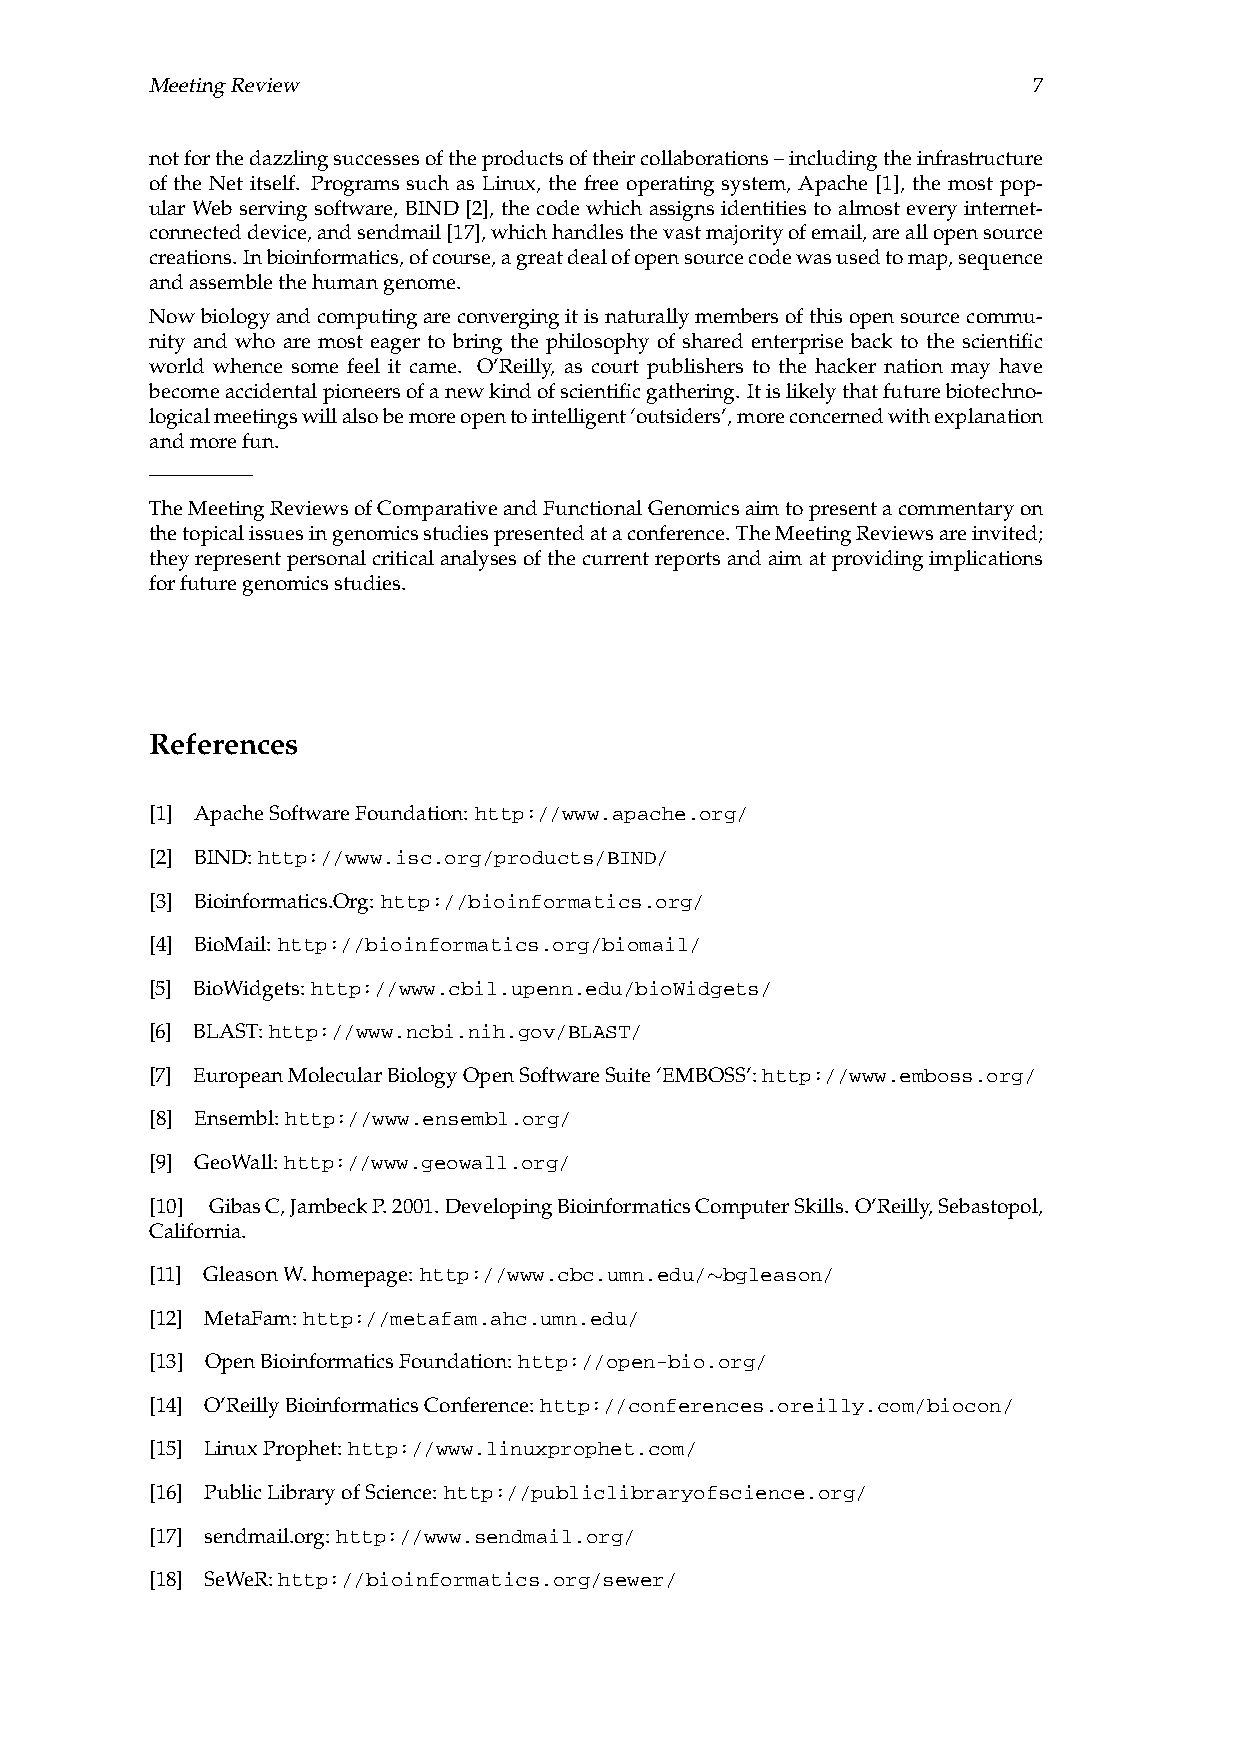
MeetingReview                                             7
 notforthedazzlingsuccessesoftheproductsoftheircollaborations–includingtheinfrastructure
 of the Net itself. Programs such as Linux, the free operating system, Apache [1], the most pop-
 ular Web serving software, BIND [2], the code which assigns identities to almost every internet-
 connecteddevice,andsendmail[17],whichhandlesthevastmajorityofemail,areallopensource
 creations.Inbioinformatics,ofcourse,agreatdealofopensourcecodewasusedtomap,sequence
 andassemblethehumangenome.
 Nowbiologyandcomputingareconvergingitisnaturallymembersofthisopensourcecommu-
 nity and who are most eager to bring the philosophy of shared enterprise back to the scientific
 world whence some feel it came. O’Reilly, as court publishers to the hacker nation may have
 becomeaccidentalpioneersofanewkindofscientificgathering. Itislikelythatfuturebiotechno-
 logicalmeetingswillalsobemoreopentointelligent‘outsiders’,moreconcernedwithexplanation
 andmorefun.
 —————
 TheMeetingReviewsofComparativeandFunctionalGenomicsaimtopresentacommentaryon
 thetopicalissuesingenomicsstudiespresentedataconference. TheMeetingReviewsareinvited;
 theyrepresentpersonalcriticalanalysesofthecurrentreportsandaimatprovidingimplications
 forfuturegenomicsstudies.
 References
 [1] ApacheSoftwareFoundation: http://www.apache.org/
 [2] BIND:http://www.isc.org/products/BIND/
 [3] Bioinformatics.Org: http://bioinformatics.org/
 [4] BioMail: http://bioinformatics.org/biomail/
 [5] BioWidgets: http://www.cbil.upenn.edu/bioWidgets/
 [6] BLAST:http://www.ncbi.nih.gov/BLAST/
 [7] EuropeanMolecularBiologyOpenSoftwareSuite‘EMBOSS’:http://www.emboss.org/
 [8] Ensembl: http://www.ensembl.org/
 [9] GeoWall: http://www.geowall.org/
 [10] GibasC,JambeckP.2001.DevelopingBioinformaticsComputerSkills.O’Reilly,Sebastopol,
 California.
 [11] GleasonW.homepage: http://www.cbc.umn.edu/∼bgleason/
 [12] MetaFam: http://metafam.ahc.umn.edu/
 [13] OpenBioinformaticsFoundation: http://open-bio.org/
 [14] O’ReillyBioinformaticsConference: http://conferences.oreilly.com/biocon/
 [15] LinuxProphet: http://www.linuxprophet.com/
 [16] PublicLibraryofScience: http://publiclibraryofscience.org/
 [17] sendmail.org: http://www.sendmail.org/
 [18] SeWeR:http://bioinformatics.org/sewer/